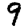
Digit: 9